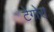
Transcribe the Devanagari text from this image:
टेगोरा